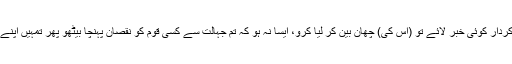
تمہارے پاس اگر کوئی بد کردار کوئی خبر لائے تو (اس کی) چھان بین کر لیا کرو، ایسا نہ ہو کہ تم جہالت سے کسی قوم کو نقصان پہنچا بیٹھو پھر تمہیں اپنے کئے پر پشیمان ہونا پڑے۔